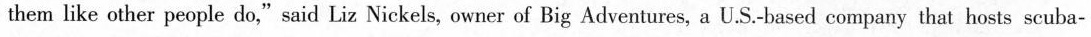
them like other people do,"said Liz Nickels, owner of Big Adventures, a U.S.-based company that hosts scuba-